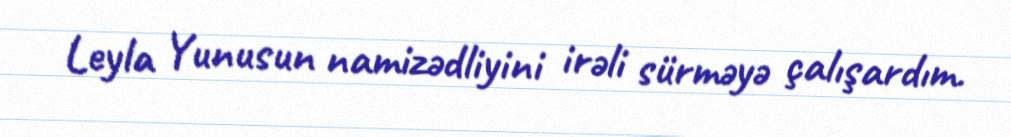
Leyla Yunusun namizədliyini irəli sürməyə çalışardım.